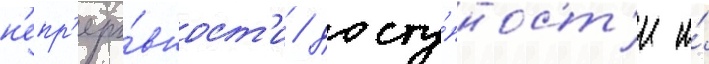
н'епр'еры́вност'и / досту́пност'и и́